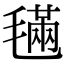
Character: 𣯩